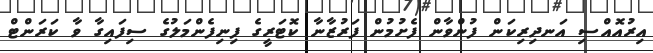
އިރުއޮއްސި އަނދިރިކަން ފުންވާން ފެށުމުން ފަރުޒާނާ ކޮޓަރީގެ ފިނިފެންމަލުގެ ސިފައިގާ ވާ ކަރަންޓް